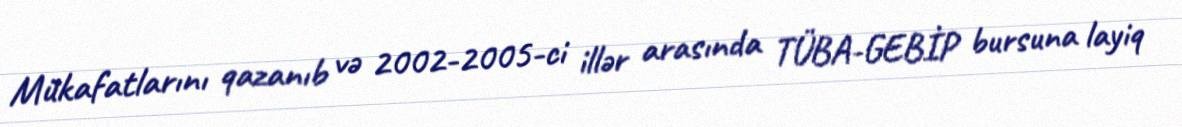
Mükafatlarını qazanıb və 2002-2005-ci illər arasında TÜBA-GEBİP bursuna layiq